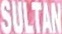
SULTAN